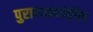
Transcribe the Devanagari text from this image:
पुराणकथांतील